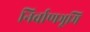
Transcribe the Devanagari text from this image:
निर्वाणभूमि